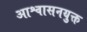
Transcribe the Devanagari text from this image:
आश्वासनयुक्त